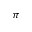
\pi